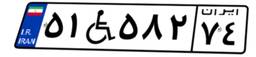
۵۱W۵۸۲۷۴